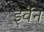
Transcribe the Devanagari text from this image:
इर्वेन